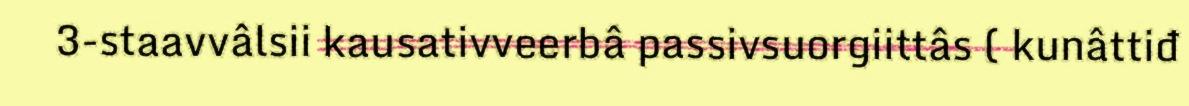
3-staavvâlsii kausativveerbâ passivsuorgiittâs ( kunâttiđ